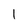
Character: 1